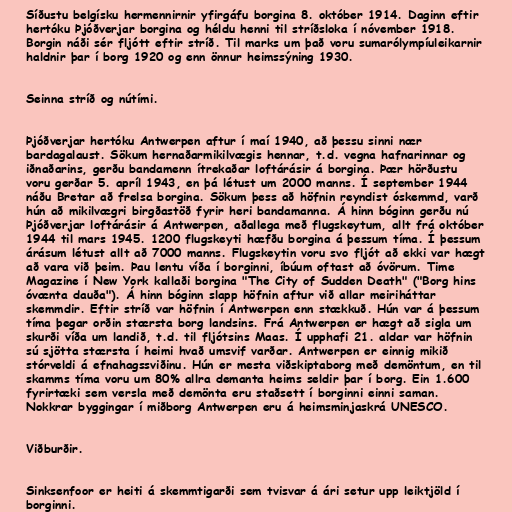
Síðustu belgísku hermennirnir yfirgáfu borgina 8. október 1914. Daginn eftir
hertóku Þjóðverjar borgina og héldu henni til stríðsloka í nóvember 1918.
Borgin náði sér fljótt eftir stríð. Til marks um það voru sumarólympíuleikarnir
haldnir þar í borg 1920 og enn önnur heimssýning 1930.

Seinna stríð og nútími.

Þjóðverjar hertóku Antwerpen aftur í maí 1940, að þessu sinni nær
bardagalaust. Sökum hernaðarmikilvægis hennar, t.d. vegna hafnarinnar og
iðnaðarins, gerðu bandamenn ítrekaðar loftárásir á borgina. Þær hörðustu
voru gerðar 5. apríl 1943, en þá létust um 2000 manns. Í september 1944
náðu Bretar að frelsa borgina. Sökum þess að höfnin reyndist óskemmd, varð
hún að mikilvægri birgðastöð fyrir heri bandamanna. Á hinn bóginn gerðu nú
Þjóðverjar loftárásir á Antwerpen, aðallega með flugskeytum, allt frá október
1944 til mars 1945. 1200 flugskeyti hæfðu borgina á þessum tíma. Í þessum
árásum létust allt að 7000 manns. Flugskeytin voru svo fljót að ekki var hægt
að vara við þeim. Þau lentu víða í borginni, íbúum oftast að óvörum. Time
Magazine í New York kallaði borgina "The City of Sudden Death" ("Borg hins
óvænta dauða"). Á hinn bóginn slapp höfnin aftur við allar meiriháttar
skemmdir. Eftir stríð var höfnin í Antwerpen enn stækkuð. Hún var á þessum
tíma þegar orðin stærsta borg landsins. Frá Antwerpen er hægt að sigla um
skurði víða um landið, t.d. til fljótsins Maas. Í upphafi 21. aldar var höfnin
sú sjötta stærsta í heimi hvað umsvif varðar. Antwerpen er einnig mikið
stórveldi á efnahagssviðinu. Hún er mesta viðskiptaborg með demöntum, en til
skamms tíma voru um 80% allra demanta heims seldir þar í borg. Ein 1.600
fyrirtæki sem versla með demönta eru staðsett í borginni einni saman.
Nokkrar byggingar í miðborg Antwerpen eru á heimsminjaskrá UNESCO.

Viðburðir.

Sinksenfoor er heiti á skemmtigarði sem tvisvar á ári setur upp leiktjöld í
borginni.